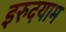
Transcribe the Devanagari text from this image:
इरुदयाम